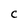
Character: C